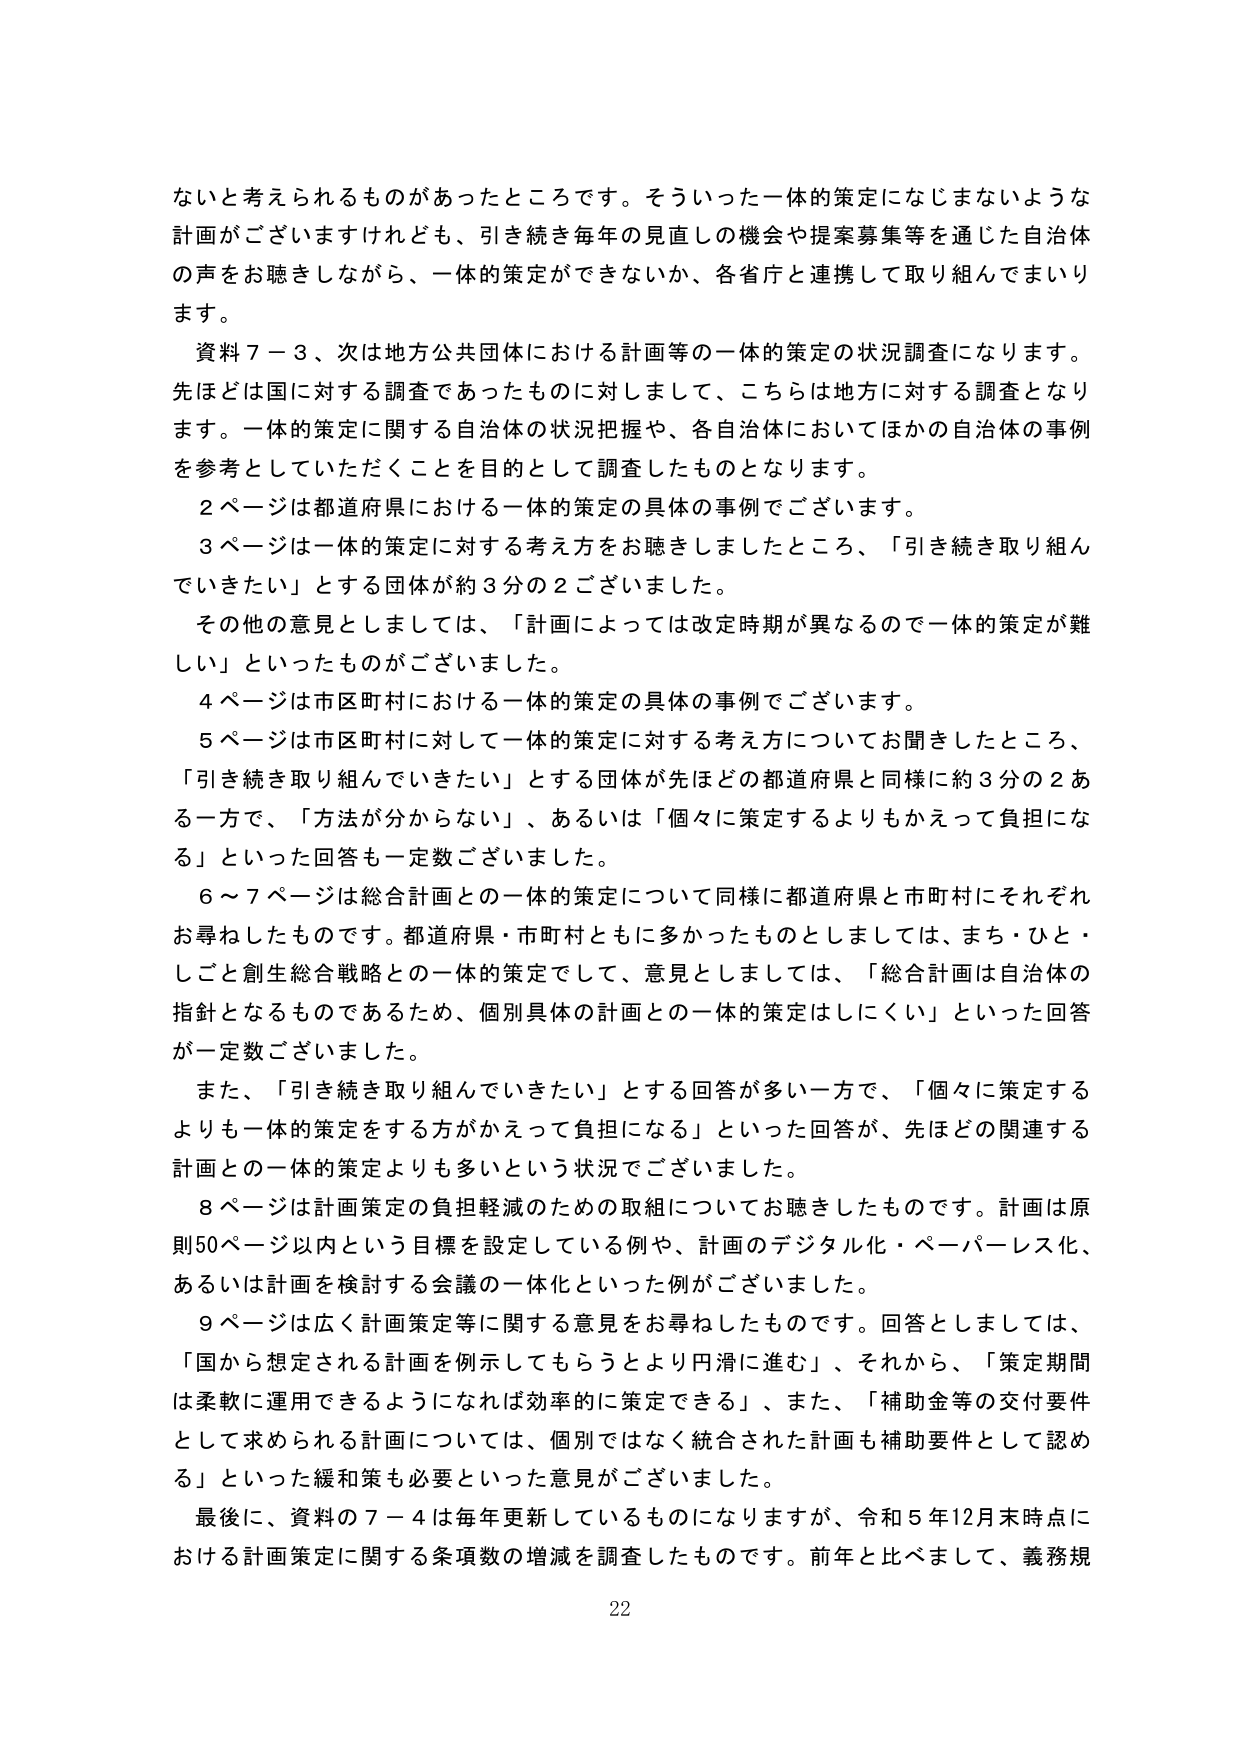
ないと考えられるものがあったところです。そういった一体的策定になじまないような計画がございますけれども、引き続き毎年の見直しの機会や提案募集等を通じた自治体の声をお聴きしながら、一体的策定ができないか、各省庁と連携して取り組んでまいります。

資料７－３、次は地方公共団体における計画等の一体的策定の状況調査になります。先ほどは国に対する調査であったものに対しまして、こちらは地方に対する調査となります。一体的策定に関する自治体の状況把握や、各自治体においてほかの自治体の事例を参考としていただくことを目的として調査したものとなります。

２ページは都道府県における一体的策定の具体的事例でございます。

３ページは一体的策定に対する考え方をお聴きしましたところ、「引き続き取り組んでいきたい」とする団体が約３分の２ございました。

その他の意見としましては、「計画によっては改定時期が異なるので一体的策定が難しい」といったものがございました。

４ページは市区町村における一体的策定の具体的事例でございます。

５ページは市区町村に対して一体的策定に対する考え方についてお聞きしたところ、「引き続き取り組んでいきたい」とする団体が先ほどの都道府県と同様に約３分の２ある一方で、「方法が分からない」、あるいは「個々に策定するよりもかえって負担になる」といった回答も一定数ございました。

６～７ページは総合計画との一体的策定について同様に都道府県と市町村にそれぞれお尋ねしたものです。都道府県・市町村ともに多かったものとしましては、まち・ひと・しごと創生総合戦略との一体的策定をして、意見としましては、「総合計画は自治体の指針となるものであるため、個別具体的計画との一体的策定はしにくい」といった回答が一定数ございました。

また、「引き続き取り組んでいきたい」とする回答が多い一方で、「個々に策定するよりも一体的策定をする方がかえって負担になる」といった回答が、先ほどの関連する計画との一体的策定よりも多いという状況でございました。

８ページは計画策定の負担軽減のための取組についてお聴きしたものです。計画は原則50ページ以内という目標を設定している例や、計画のデジタル化・ペーパーレス化、あるいは計画を検討する会議の一体化といった例がございました。

９ページは広く計画策定等に関する意見をお尋ねしたものです。回答としましては、「国から想定される計画を例示してもらうとより円滑に進む」、それから、「策定期間は柔軟に運用できるようになれば効率的に策定できる」、また、「補助金等の交付要件として求められる計画については、個別ではなく統合された計画も補助要件として認める」といった緩和策も必要といった意見がございました。

最後に、資料の７－４は毎年更新しているものになりますが、令和５年12月末時点における計画策定に関する条項数の増減を調査したものです。前年と比べまして、義務規

22